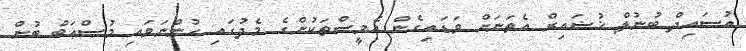
އުސައިދް ބުނުލް ޚުޟައިރް އެތަނަށް ވަޑައިގެން އެމީސްތަކުންގެ މެދުގައި ހުންނަވައި މުޞްޢަބް ބުން